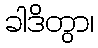
ခါဒိတွာ၊